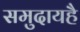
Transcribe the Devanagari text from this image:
समुदायहै